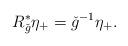
LaTeX: \begin{align*}R^*_{\check{g}}\eta_+= \check{g}^{-1}\eta_+.\end{align*}